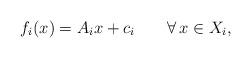
LaTeX: \begin{align*}f_i(x)=A_ix+c_i\qquad\forall\, x\in X_i,\end{align*}